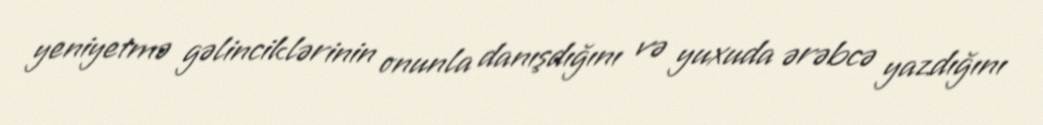
yeniyetmə gəlinciklərinin onunla danışdığını və yuxuda ərəbcə yazdığını